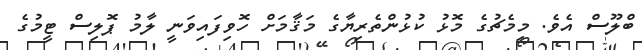
ބްލޫސް އެވެ. މިމެޗުގެ މޮޅު ކުޅުންތެރިޔާގެ މަޤާމަށް ހޮވިފައިވަނީ ލާމު ޕޮލިސް ޓީމުގެ